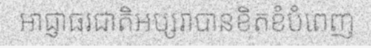
អាជ្ញាធរជាតិអប្សរាបានខិតខំបំពេញ